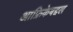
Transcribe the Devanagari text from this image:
आफ्रिकेबद्दल